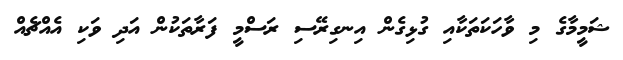
ޝަމީމާގެ މި ވާހަކަތަކާއި ގުޅިގެން އިނގިރޭސި ރަސްމީ ފަރާތަކުން އަދި ވަކި އެއްޗެއް